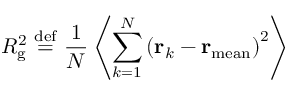
R _ { \mathrm { g } } ^ { 2 } \ { \stackrel { \mathrm { d e f } } { = } } \ { \frac { 1 } { N } } \left\langle \sum _ { k = 1 } ^ { N } \left( \mathbf { r } _ { k } - \mathbf { r } _ { \mathrm { m e a n } } \right) ^ { 2 } \right\rangle